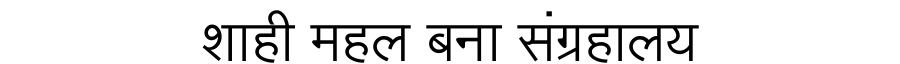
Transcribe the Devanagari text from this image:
शाही महल बना संग्रहालय